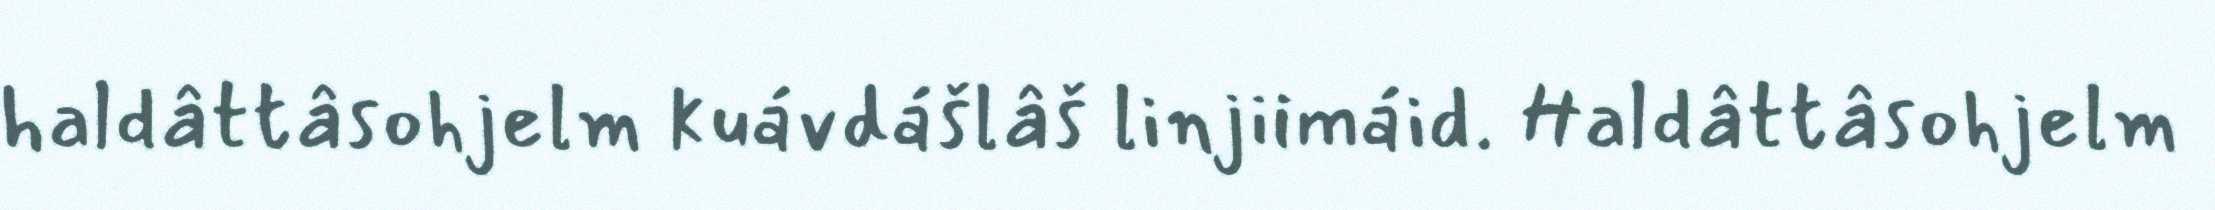
haldâttâsohjelm kuávdášlâš linjiimáid. Haldâttâsohjelm